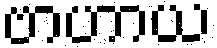
ဗာဟာယ